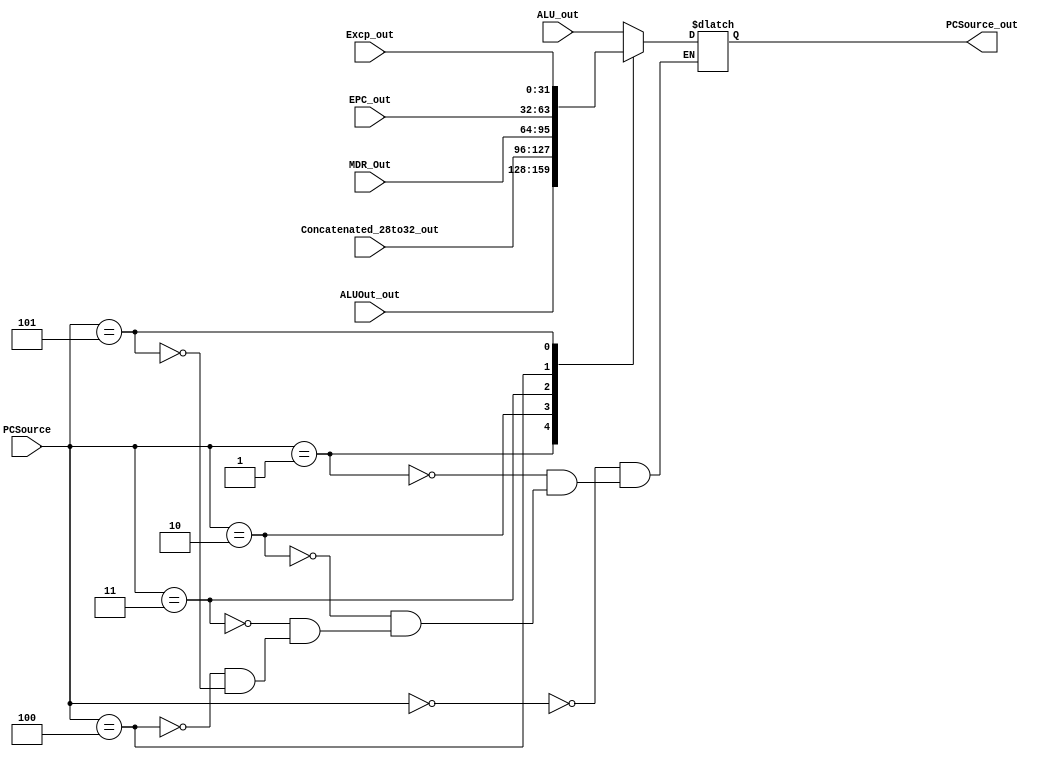
module pc_source (
input wire[31:0] MDR_Out,
input wire[31:0] ALU_out,
input wire[31:0] Concatenated_28to32_out, 
input wire[31:0] ALUOut_out,
input wire[31:0] EPC_out,
input wire[31:0] Excp_out, 
input wire[2:0] PCSource,
output reg[31:0] PCSource_out
);
parameter S0 = 0, S1 = 1, S2 = 2, S3 = 3, S4 = 4, S5 = 5;
always @(*) begin
	case(PCSource)
		S0:
			PCSource_out <= ALU_out;
		S1:
			PCSource_out <= ALUOut_out;
		S2:
			PCSource_out <= Concatenated_28to32_out;
		S3:
			PCSource_out <= MDR_Out;
		S4:
			PCSource_out <= EPC_out;
		S5:
			PCSource_out <= Excp_out;
	endcase
end

endmodule